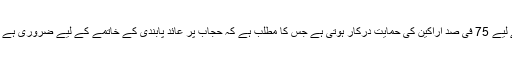
فٹ بال کے اس پالیسی ساز ادارے کے قوانین کی تبدیلی کے لیے 75 فی صد اراکین کی حمایت درکار ہوتی ہے جس کا مطلب ہے کہ حجاب پر عائد پابندی کے خاتمے کے لیے ضروری ہے کہ ادارہ کے آٹھ میں سے چھ ارکان تجویز کی حمایت کریں۔